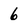
Character: 6